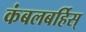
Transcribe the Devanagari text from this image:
कंबलबर्हिस्